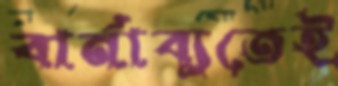
বার্নাব্যুতেই